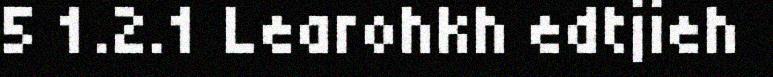
5 1.2.1 Learohkh edtjieh